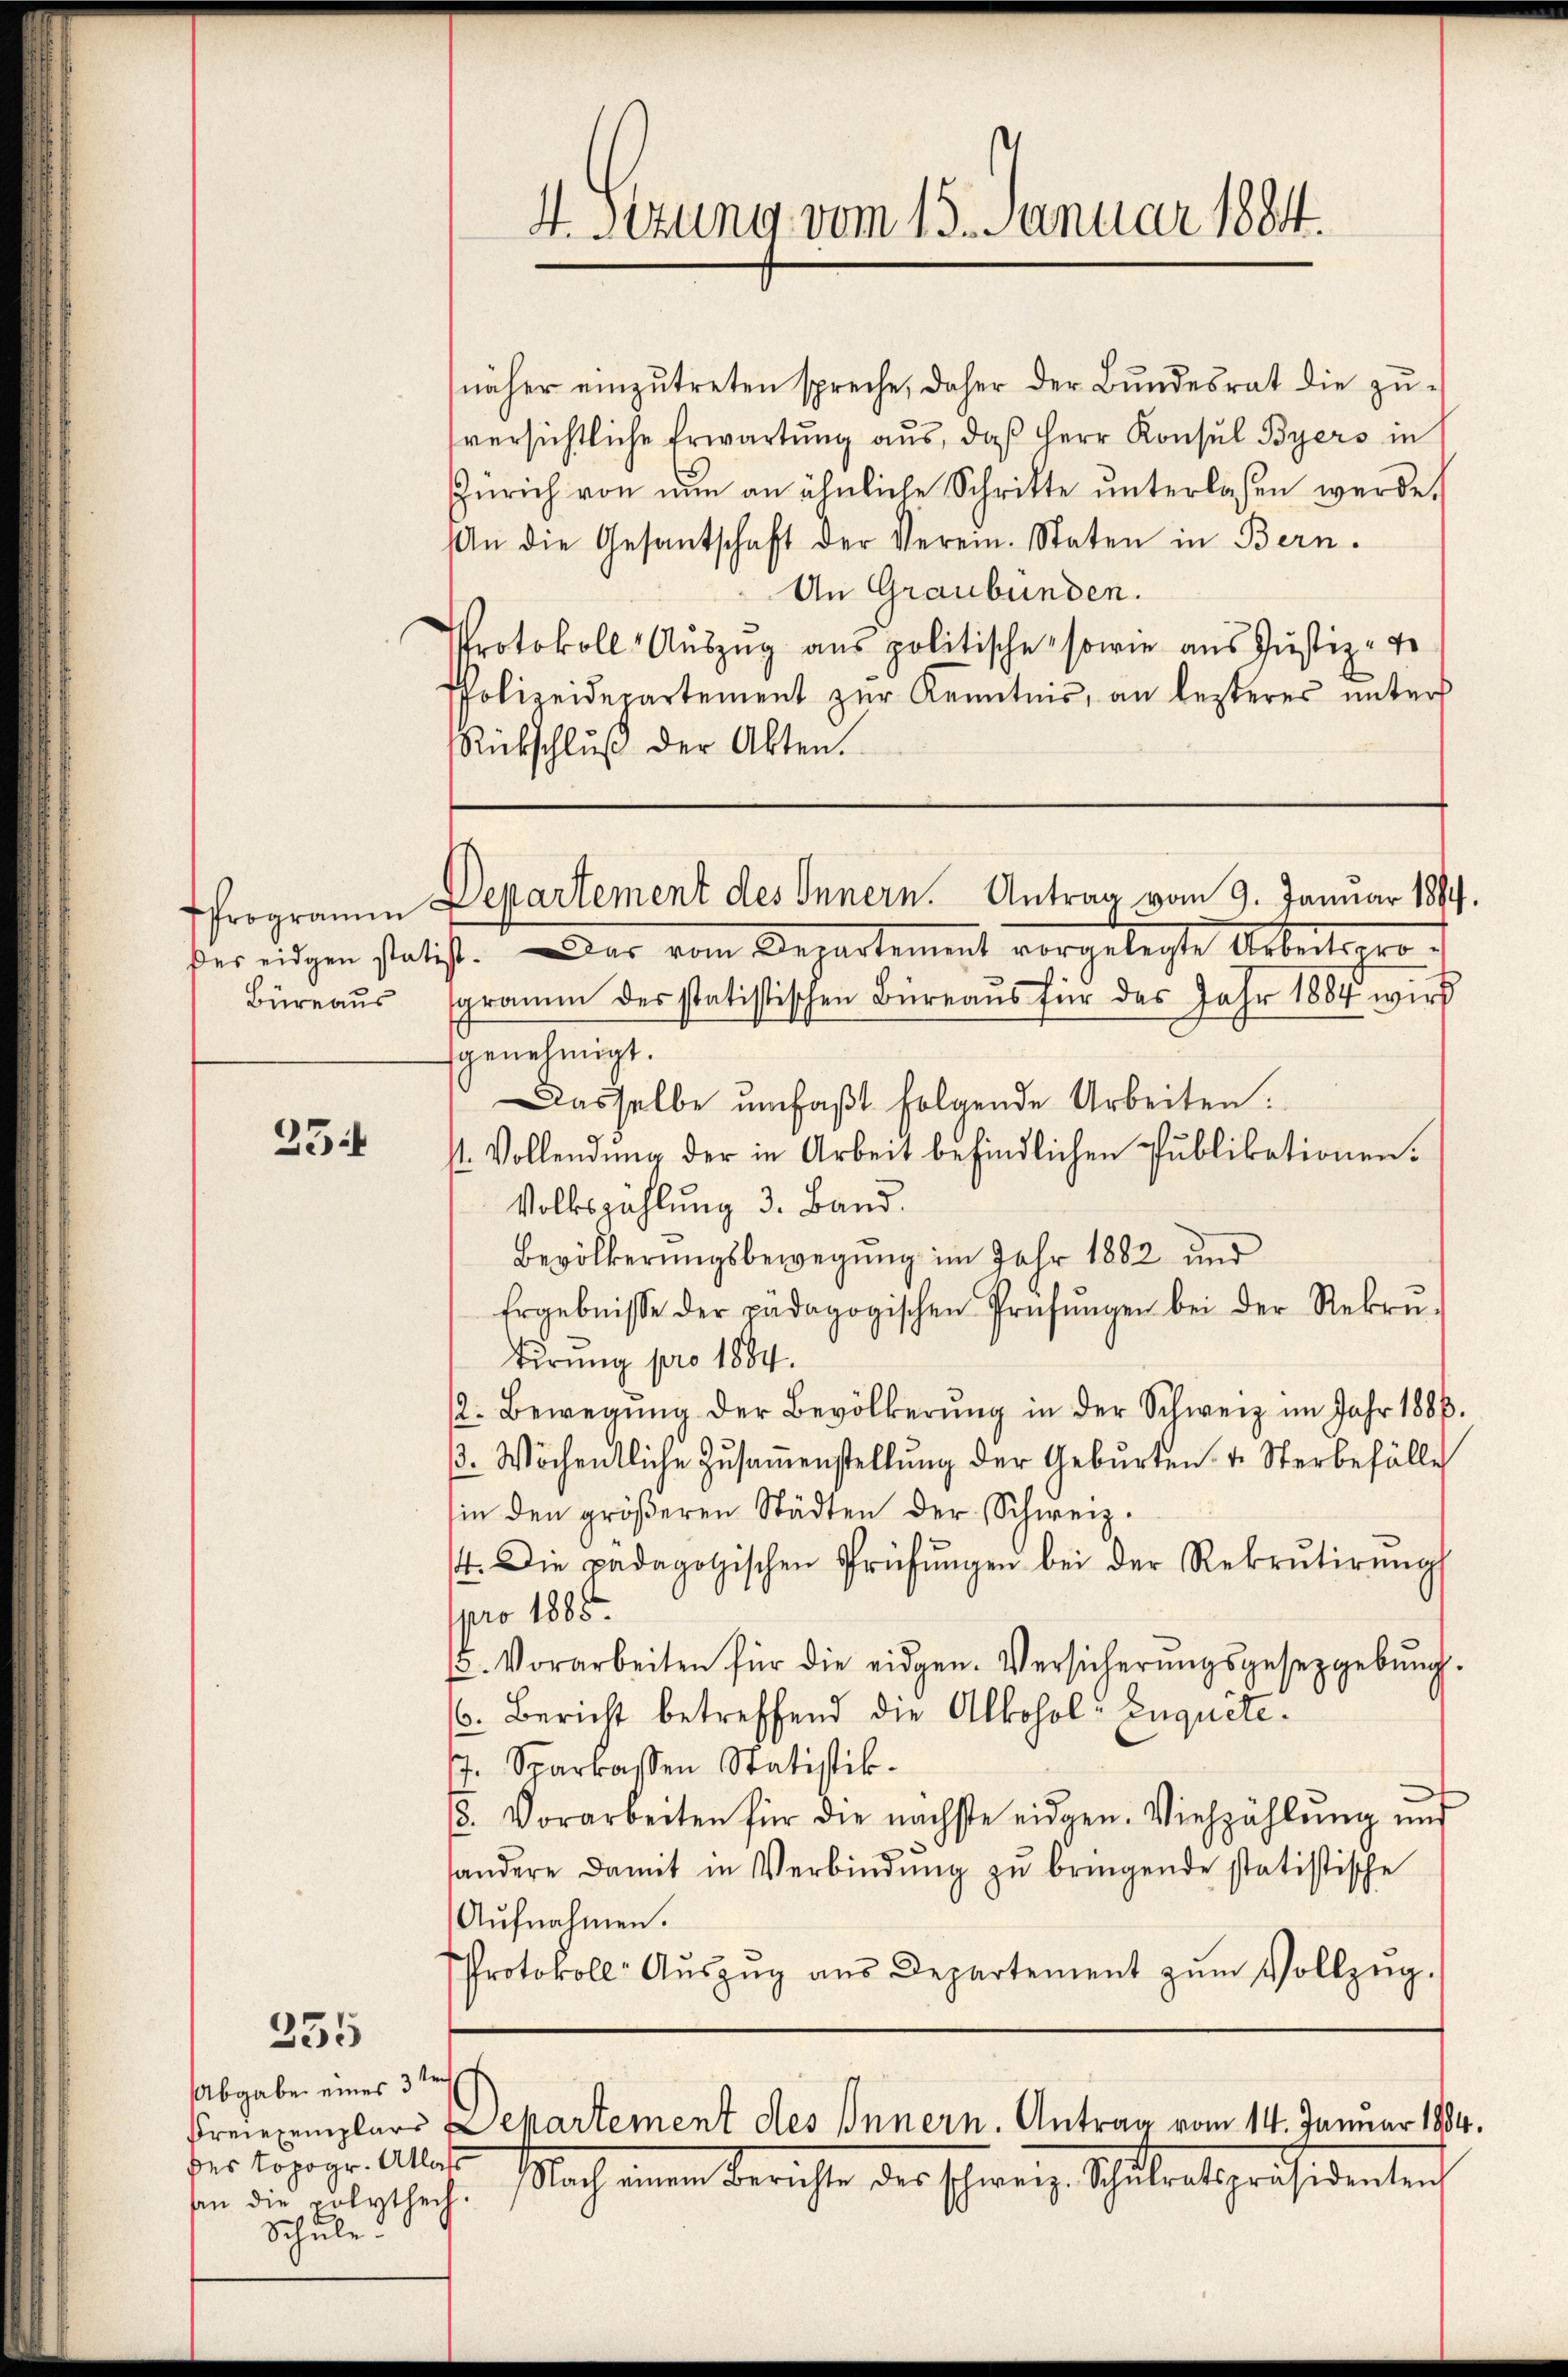
des eidgen statis
Büreaus

254

255

Abgabe eines 3ten
des Topogr. Atlass
an die polytech.
Schule.

näher einzŭtreten spreche, daher der Bŭndesrat die zŭ-
versichtliche Erwartung aus, daß Herr Konsul Byers in
Zürich von nun an ähnliche Schritte ŭnterlassen werde.
An die Gesantschaft der Verein. Staten in Bern.
An Graubünden.
Protokoll Auszug aus politische sowie aus Justiz- u.
Polizeidepartement zur Kenntnis, an lezteres unter
Rückschlŭβ der Akten.

4. Der vom Departement vorgelegte Arbeiteres
gramm des statistischen Büreaus für des Jahr 1884 wird
genehmigt.
Dasselbe umfaßt folgende Arbeiten.
1. Vollendung der in Arbeit befindlichen Publikationen.
Volkszählung 3. Band.
Bevölkerungsbewegung im Jahr 1882 und
Ergebnisse der pädagogischen Prüfŭngen bei der Rekre-
tirung pro 1884.
2. Bewegung der Bevölkerŭng in der Schweiz im Jahr 1886.
. Wöchentliche Zŭsaṁenstellŭng der Gebŭrten 4. Sterbefälle
sin den gröβeren Städten der Schweiz.
. Die padagogischen Prüfŭngen bei der Rekrutirŭngs
pro 1885.
5. Vorarbeiten für die eidgen. Versicherŭngsgesetzgebŭng.
(. Bericht betreffend die Alkohol-Enquite.
. Sparkassen Statistik.
8. Vorarbeiten für die nächste eidgen. Viehzählŭng ŭnd
andere damit in Verbindŭng zŭ bringende statistische
Aŭfnahmen.
Protokoll- Aŭszŭg aŭs Departement zŭm Vollzŭg-

4. Sizung vom 15. Januar 1884.

Programm Departement des Innern. Antrag vom 9. Januar 1894.

Freiexemplare Departement des Innern. Antrag vom 14. Januar 1884.

Nach einen Berichte der schweiz, Schulentspräsidenten